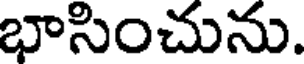
భాసించును.